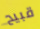
قبيح